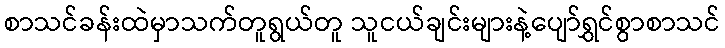
စာသင်ခန်းထဲမှာသက်တူရွယ်တူ သူငယ်ချင်းများနဲ့ပျော်ရွှင်စွာစာသင်